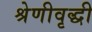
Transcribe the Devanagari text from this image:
श्रेणीवृद्धी